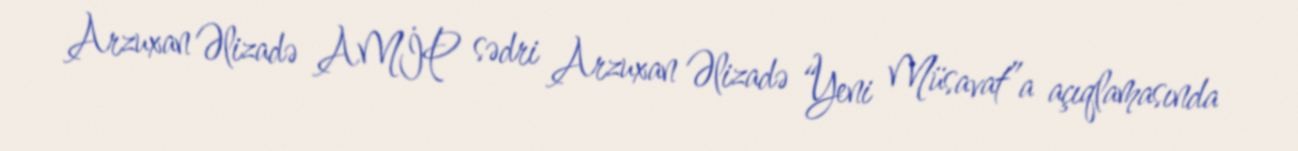
Arzuxan Əlizadə AMİP sədri Arzuxan Əlizadə “Yeni Müsavat”a açıqlamasında